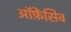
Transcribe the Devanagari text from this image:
ऑफ़ेंसिव